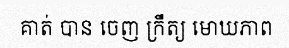
គាត់ បាន ចេញ ក្រឹត្យ មោឃភាព